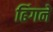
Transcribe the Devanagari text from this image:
ढिंगने